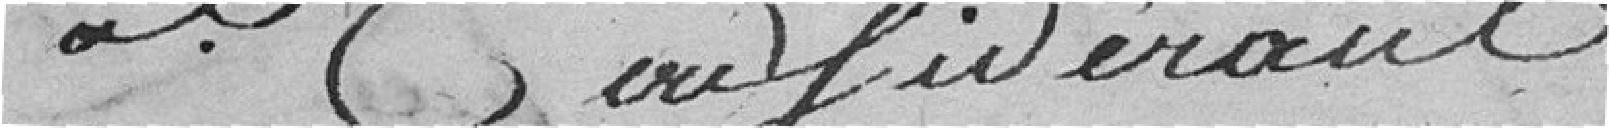
général considérant